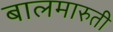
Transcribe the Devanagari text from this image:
बालमारुती